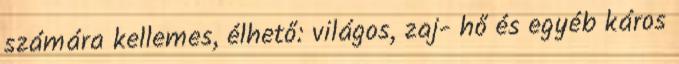
számára kellemes, élhető: világos, zaj- hő és egyéb káros